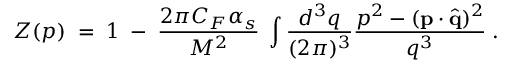
Z ( p ) \; = \; 1 \; - \; { \frac { 2 \pi C _ { F } \alpha _ { s } } { M ^ { 2 } } } \; \int { \frac { d ^ { 3 } q } { ( 2 \pi ) ^ { 3 } } } { \frac { p ^ { 2 } - ( { \bf p } \cdot { \hat { \bf q } } ) ^ { 2 } } { q ^ { 3 } } } \; .